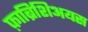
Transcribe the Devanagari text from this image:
फ़ाब्रिशिअयस